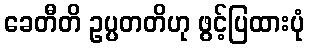
ခေတီတိ ဥပ္ပတတိဟု ဖွင့်ပြထားပုံ